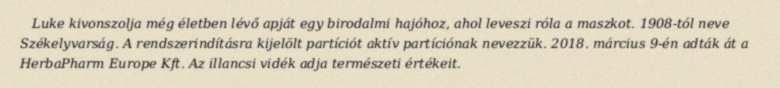
Luke kivonszolja még életben lévő apját egy birodalmi hajóhoz, ahol leveszi róla a maszkot. 1908-tól neve Székelyvarság. A rendszerindításra kijelölt partíciót aktív partíciónak nevezzük. 2018. március 9-én adták át a HerbaPharm Europe Kft. Az illancsi vidék adja természeti értékeit.